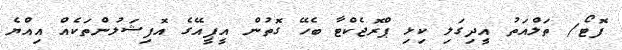
ފޮޓޯ/ ތަލްއަތު އީދިގަލި ކިޅި ޕްރޮޖެކްޓާ ބެހޭ ގޮތުން އީޕީއޭގެ އޮފިޝަލުންތަކެއް އިއްޔެ